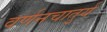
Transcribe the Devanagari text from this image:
वर्णनचातुर्य